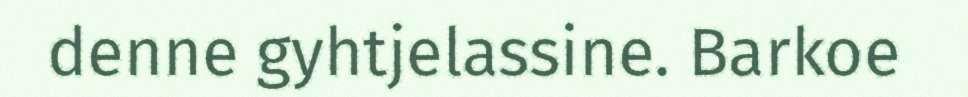
denne gyhtjelassine. Barkoe